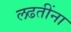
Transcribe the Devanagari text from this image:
लढतींना